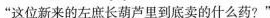
”这位新来的左长葫芦里到底卖的什么药？“